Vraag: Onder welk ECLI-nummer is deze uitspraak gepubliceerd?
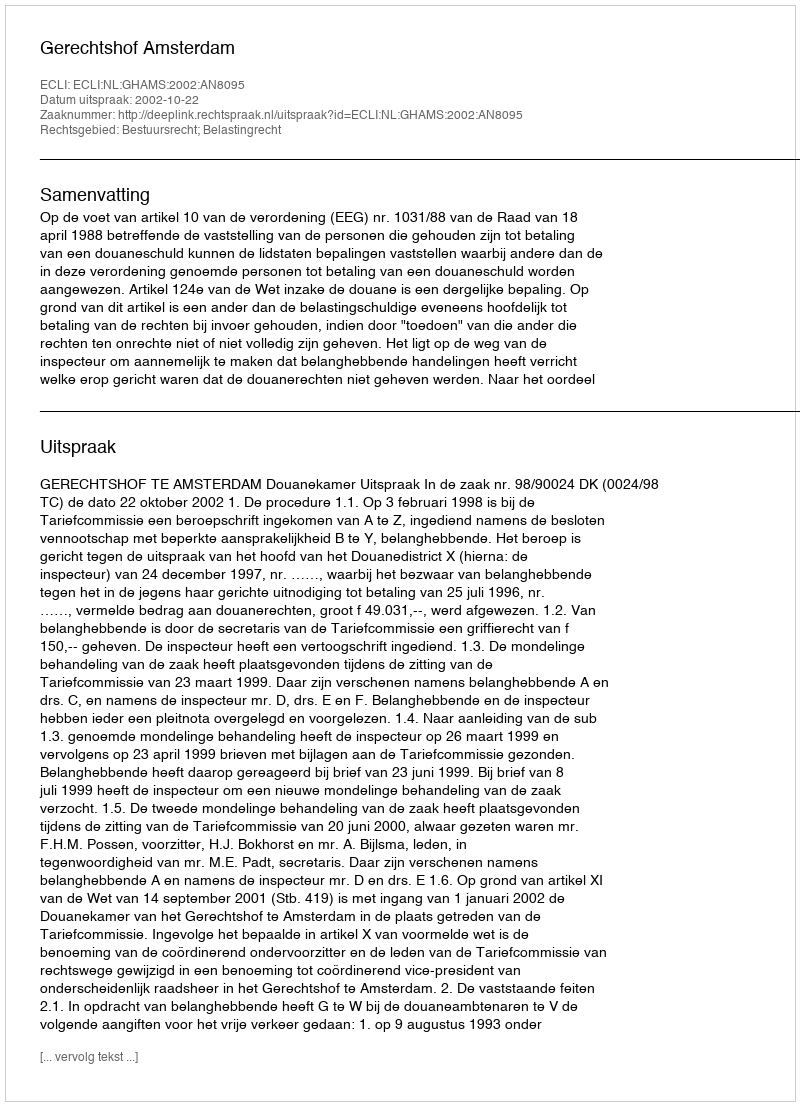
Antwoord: ECLI:NL:GHAMS:2002:AN8095